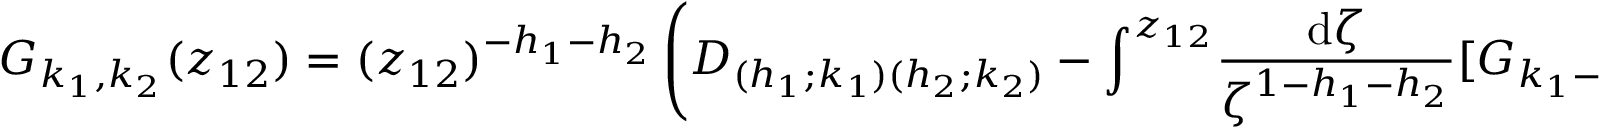
G _ { k _ { 1 } , k _ { 2 } } ( z _ { 1 2 } ) = ( z _ { 1 2 } ) ^ { - h _ { 1 } - h _ { 2 } } \left( D _ { ( h _ { 1 } ; k _ { 1 } ) ( h _ { 2 } ; k _ { 2 } ) } - \int ^ { z _ { 1 2 } } \! \frac { \mathrm { d } \zeta } { \zeta ^ { 1 - h _ { 1 } - h _ { 2 } } } [ G _ { k _ { 1 } - 1 , k _ { 2 } } ( \zeta ) + G _ { k _ { 1 } , k _ { 2 } - 1 } ( \zeta ) ] \right) \, .